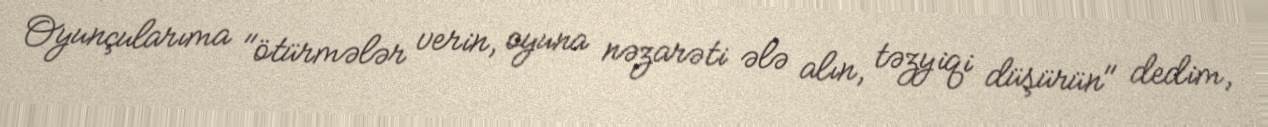
Oyunçularıma "ötürmələr verin, oyuna nəzarəti ələ alın, təzyiqi düşürün" dedim,